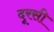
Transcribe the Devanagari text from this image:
दूरसी